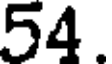
54.